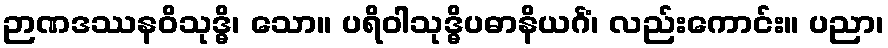
ဉာဏဒဿနဝိသုဒ္ဓိ၊ သော။ ပရိဝါသုဒ္ဓိပဓာနိယင်္ဂံ၊ လည်းကောင်း။ ပညာ၊